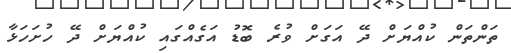
ތަންތަން ކުއްޔަށް ދޭ އަގަށް ވުރެ ބޮޑު އަގެއްގައި ކުއްޔަށް ދޭ ހުށަހަޅާ